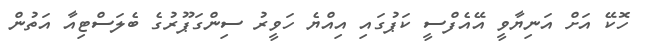
ހޮކޭ އަށް އަނިޔާވީ އޭއެފްސީ ކަޕުގައި އިއްޔެ ހަވީރު ސިންގަޕޫރުގެ ބެލަސްޓިއާ އަތުން